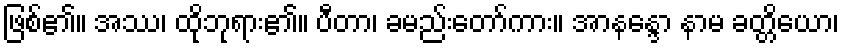
ဖြစ်၏။ အဿ၊ ထိုဘုရား၏။ ပီတာ၊ ခမည်းတော်ကား။ အာနန္ဒော နာမ ခတ္တိယော၊